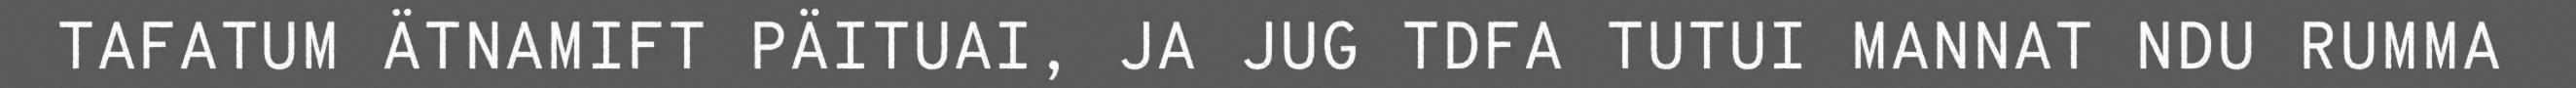
TAFATUM ÄTNAMIFT PÄITUAI, JA JUG TDFA TUTUI MANNAT NDU RUMMA